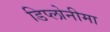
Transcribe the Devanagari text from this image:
डिप्लोनीमा